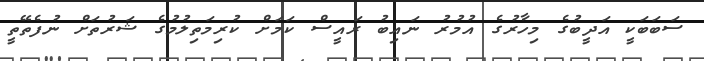
ސަބަބަކީ އަދީބުގެ މިހާރުގެ އުމުރު ނައިބު ރައީސް ކަމަށް ކުރިމަތިލުމުގެ ޝަރުތަށް ނުފެތޭތީ